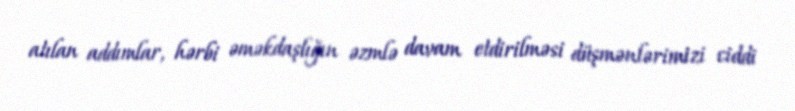
atılan addımlar, hərbi əməkdaşlığın əzmlə davam etdirilməsi düşmənlərimizi ciddi